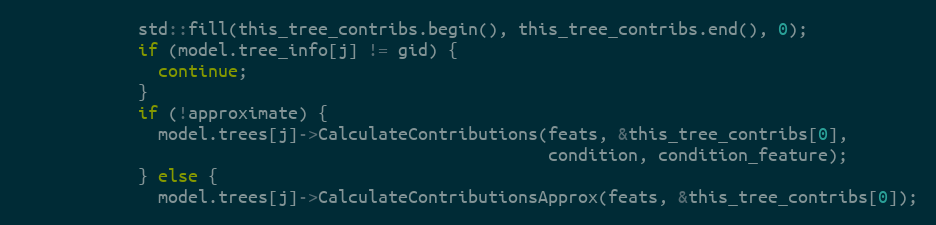
Language: C++
            std::fill(this_tree_contribs.begin(), this_tree_contribs.end(), 0);
            if (model.tree_info[j] != gid) {
              continue;
            }
            if (!approximate) {
              model.trees[j]->CalculateContributions(feats, &this_tree_contribs[0],
                                                     condition, condition_feature);
            } else {
              model.trees[j]->CalculateContributionsApprox(feats, &this_tree_contribs[0]);